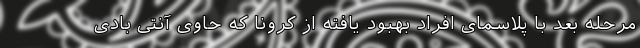
مرحله بعد با پلاسمای افراد بهبود یافته از کرونا که حاوی آنتی بادی